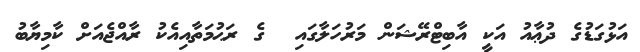
އަޅުގަޑުގެ ދުޢާއު އަކީ އާބިޓްރޭޝަން މަރުހަލާގައި  ގެ ރަޙުމަތާއިއެކު ރާއްޖެއަށް ކާމިޔާބު